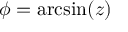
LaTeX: \phi = \arcsin ( z )